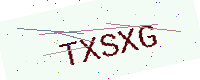
Text: TXSXG